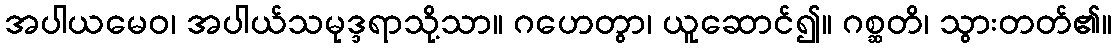
အပါယမေဝ၊ အပါယ်သမုဒ္ဒရာသို့သာ။ ဂဟေတွာ၊ ယူဆောင်၍။ ဂစ္ဆတိ၊ သွားတတ်၏။